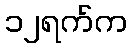
၁၂ရက်က